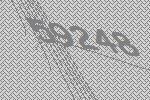
59248